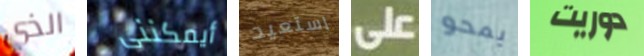
الذي أيمكننى استعيد على يمحو دوريت